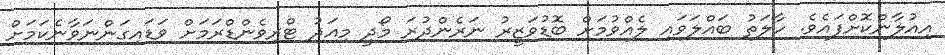
އިއުލާންކޮށްފައެވެ. ހާލަތު ބައްލަވައި ލެއްވުމަށް ބޮޑުވަޒީރު ނަރެންދުރަ މޯދީ މިއަދު ޓްރިވެންޑްރަމަށް ވަޑައިގަންނަވާނެކަމަށް